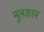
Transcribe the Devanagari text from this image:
मूलकार